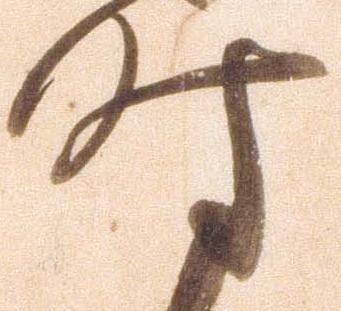
時